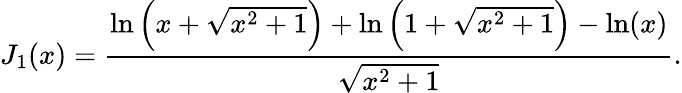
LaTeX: J_{1}(x)=\frac{\ln{\left(x+\sqrt{x^{2}+1}\right)}+\ln{\left(1+\sqrt{x^{2}+1}\right)}-\ln(x)}{\sqrt{x^{2}+1}}.